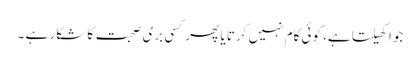
جوا کھیلتا ہے، کوئی کام نہیں کرتا یا پھر کسی بری صحبت کا شکار ہے ۔